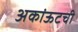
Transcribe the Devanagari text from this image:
अकांऊटची